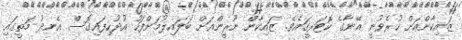
ޒައިކާންއަށް ހުރެވުނީ އޭނާގެ ކޮޓަރީގައެވެ. ޒައިކާން ނޫރީންއަށް ބަލައިލުމަށްފަހު އުދުހިފައިގޮސް އެނދު މަތީގައި